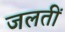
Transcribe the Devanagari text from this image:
जलतीं